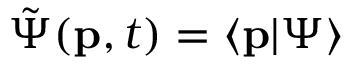
{ \tilde { \Psi } } ( \mathbf { p } , t ) = \langle \mathbf { p } \vert \Psi \rangle